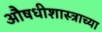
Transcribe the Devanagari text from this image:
औषधीशास्त्राच्या